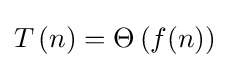
T\left(n\right)=\Theta \left(f(n)\right)